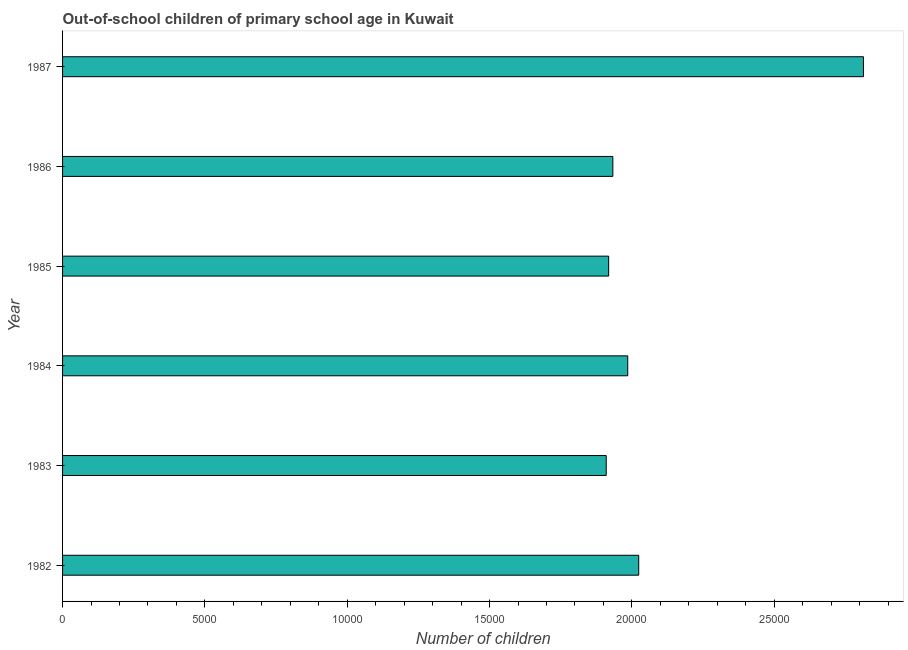
| Year | Out-of-school children of primary school age |
 | --- | --- |
 | 1982 | 2.02e+04 |
 | 1983 | 1.91e+04 |
 | 1984 | 1.99e+04 |
 | 1985 | 1.92e+04 |
 | 1986 | 1.93e+04 |
 | 1987 | 2.81e+04 |